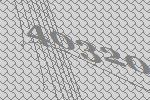
40320